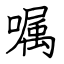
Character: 嘱